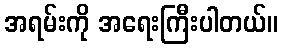
အရမ်းကို အရေးကြီးပါတယ်။